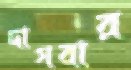
দাগবার